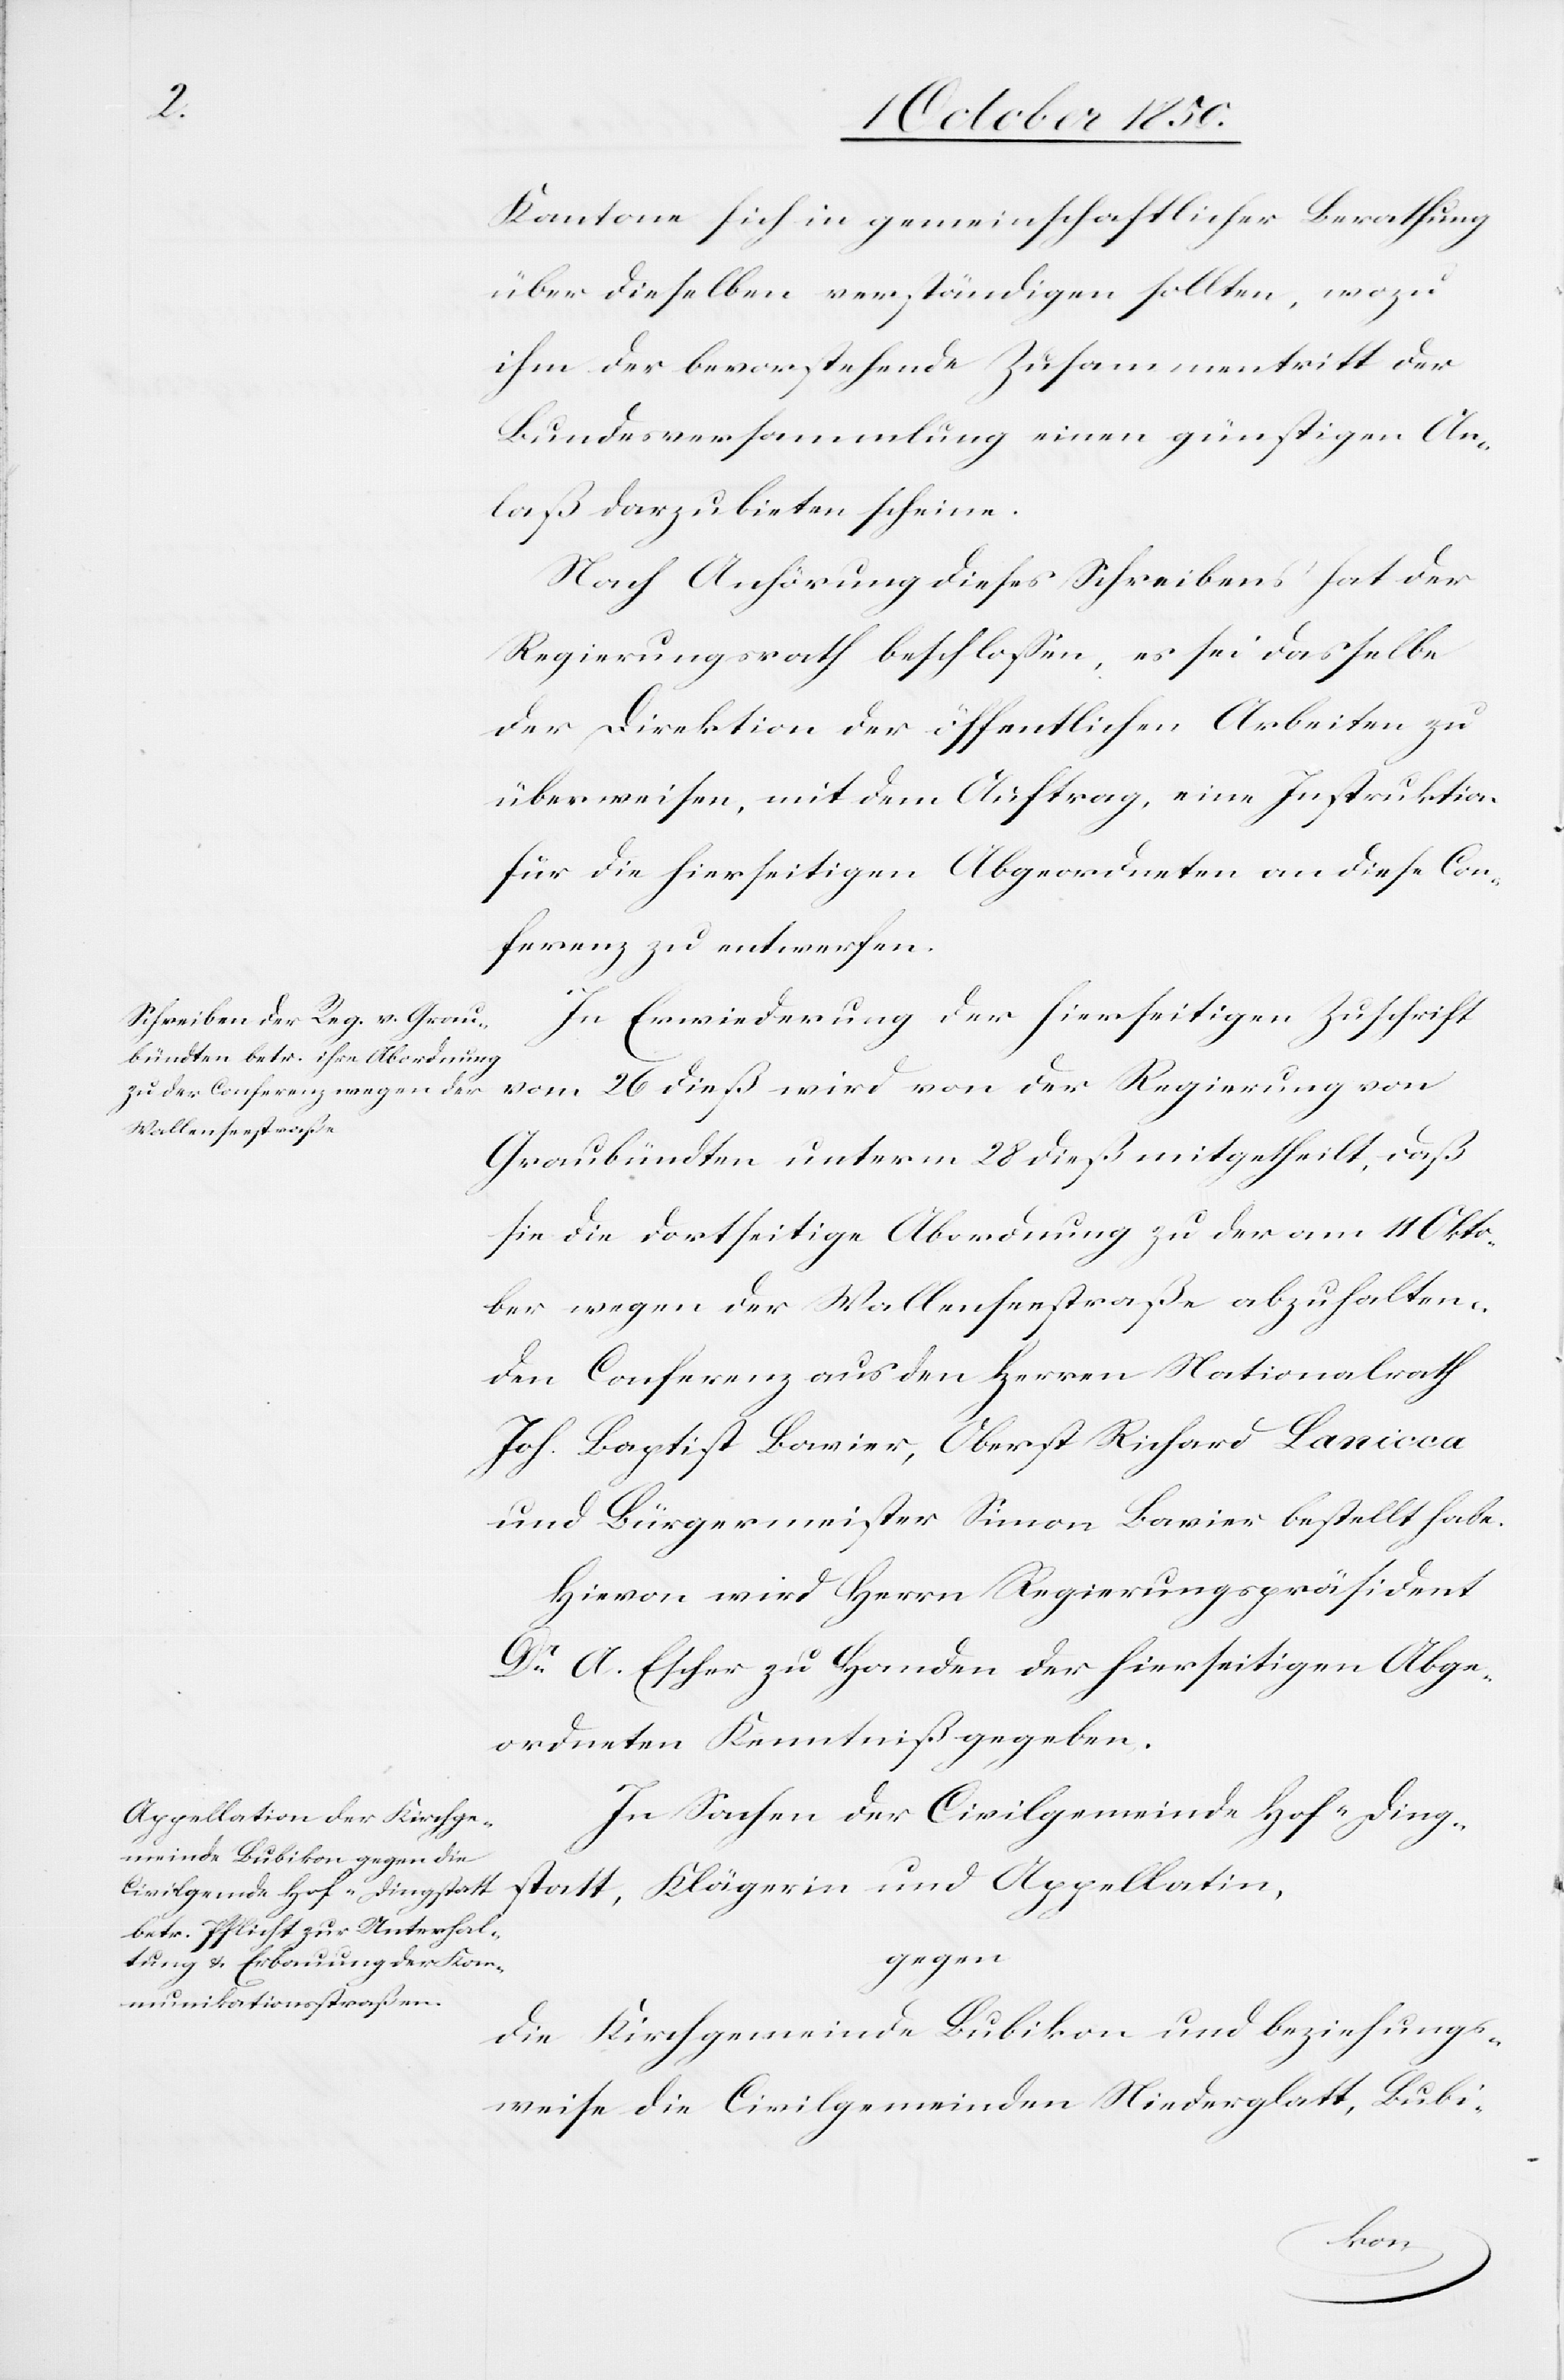
Kantone sich in gemeinschaftlicher Berathung
über dieselben verständigen sollte, wozu
ihm der bevorstehende Zusammentritt der
Bundesversammlung einen günstigen An¬
laß darzubieten scheine.
Nach Anhörung dieses Schreibens hat der
Regierungsrath beschlossen, es sei dasselbe
der Direktion der öffentlichen Arbeiten zu
überweisen, mit dem Auftrag, eine Instruktion
für die hierseitigen Abgeordneten an diese Con¬
ferenz zu entwerfen.
In Erwiederung der hierseitigen Zuschrift
vom 26 dieß wird von der Regierung von
Graubündten unterm 28 dieß mitgetheilt, daß
sie die dortseitige Abordnung zu der am 11 Okto¬
ber wegen der Wallenseestraße abzuhalten¬
den Conferenz aus den Herren Nationalrath
Joh. Baptist Bavier, Oberst Richard Lanicca
und Bürgermeister Simon Bavier bestellt habe.
Hievon wird Herrn Regierungspräsident
Dr A. Escher zu Handen der hierseitigen Abge¬
ordneten Kenntniß gegeben.
In Sachen der Civilgemeinde Hof-Ding¬
statt, Klägerin und Appellatin,
gegen
die Kirchgemeinde Bubikon und beziehungs¬
weise die Civilgemeinden Niederglatt, Bubi-